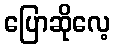
ပြောဆိုလေ့